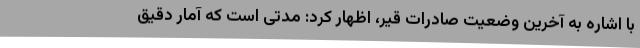
با اشاره به آخرین وضعیت صادرات قیر، اظهار کرد: مدتی است که آمار دقیق